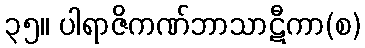
၃၅။ ပါရာဇိကဏ်ဘာသာဋီကာ(စ)